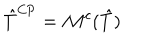
\hat { T } ^ { \mathrm { C P } } = \mathcal { M } ^ { c } ( \hat { T } )